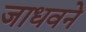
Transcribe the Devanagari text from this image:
जाधवने